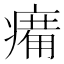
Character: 𤸶